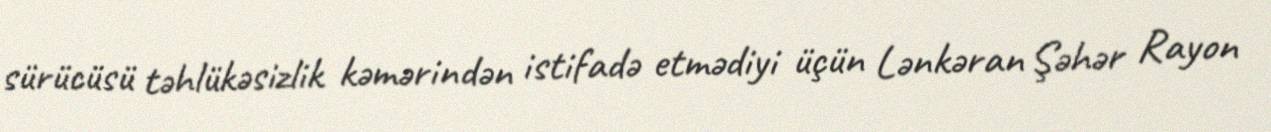
sürücüsü təhlükəsizlik kəmərindən istifadə etmədiyi üçün Lənkəran Şəhər Rayon